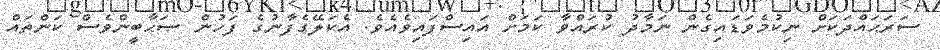
ސަރަޙައްދަކަށް ނިކުމެވަޑައިގެން ނަމާދު ކުރައްވާ ކަމަށް އައިސްފައިވެއެވެ. އެކަލޭގެފާނުގެ ފަހުން ޞަޙާބީންވެސް ކަންތައް